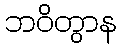
ဘဝိတွာန